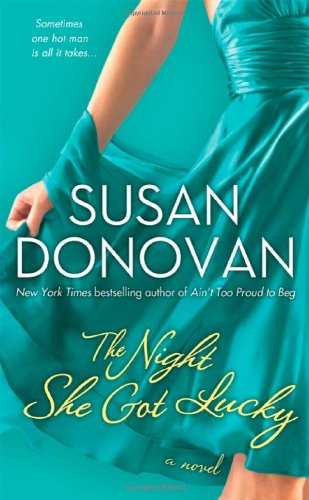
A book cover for The Night She Got Lucky; Susan Donovan; Literature & Fiction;